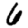
Digit: 6